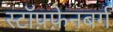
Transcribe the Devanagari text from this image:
स्टॉफ़्फ़ेनबर्ग